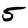
Digit: 5